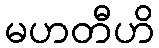
မဟတီဟိ